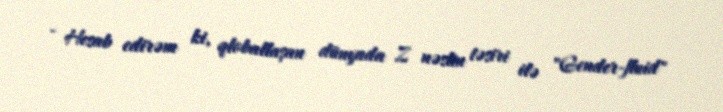
- Hesab edirəm ki, qloballaşan dünyada Z nəslin təsiri ilə "Gender-fluid"